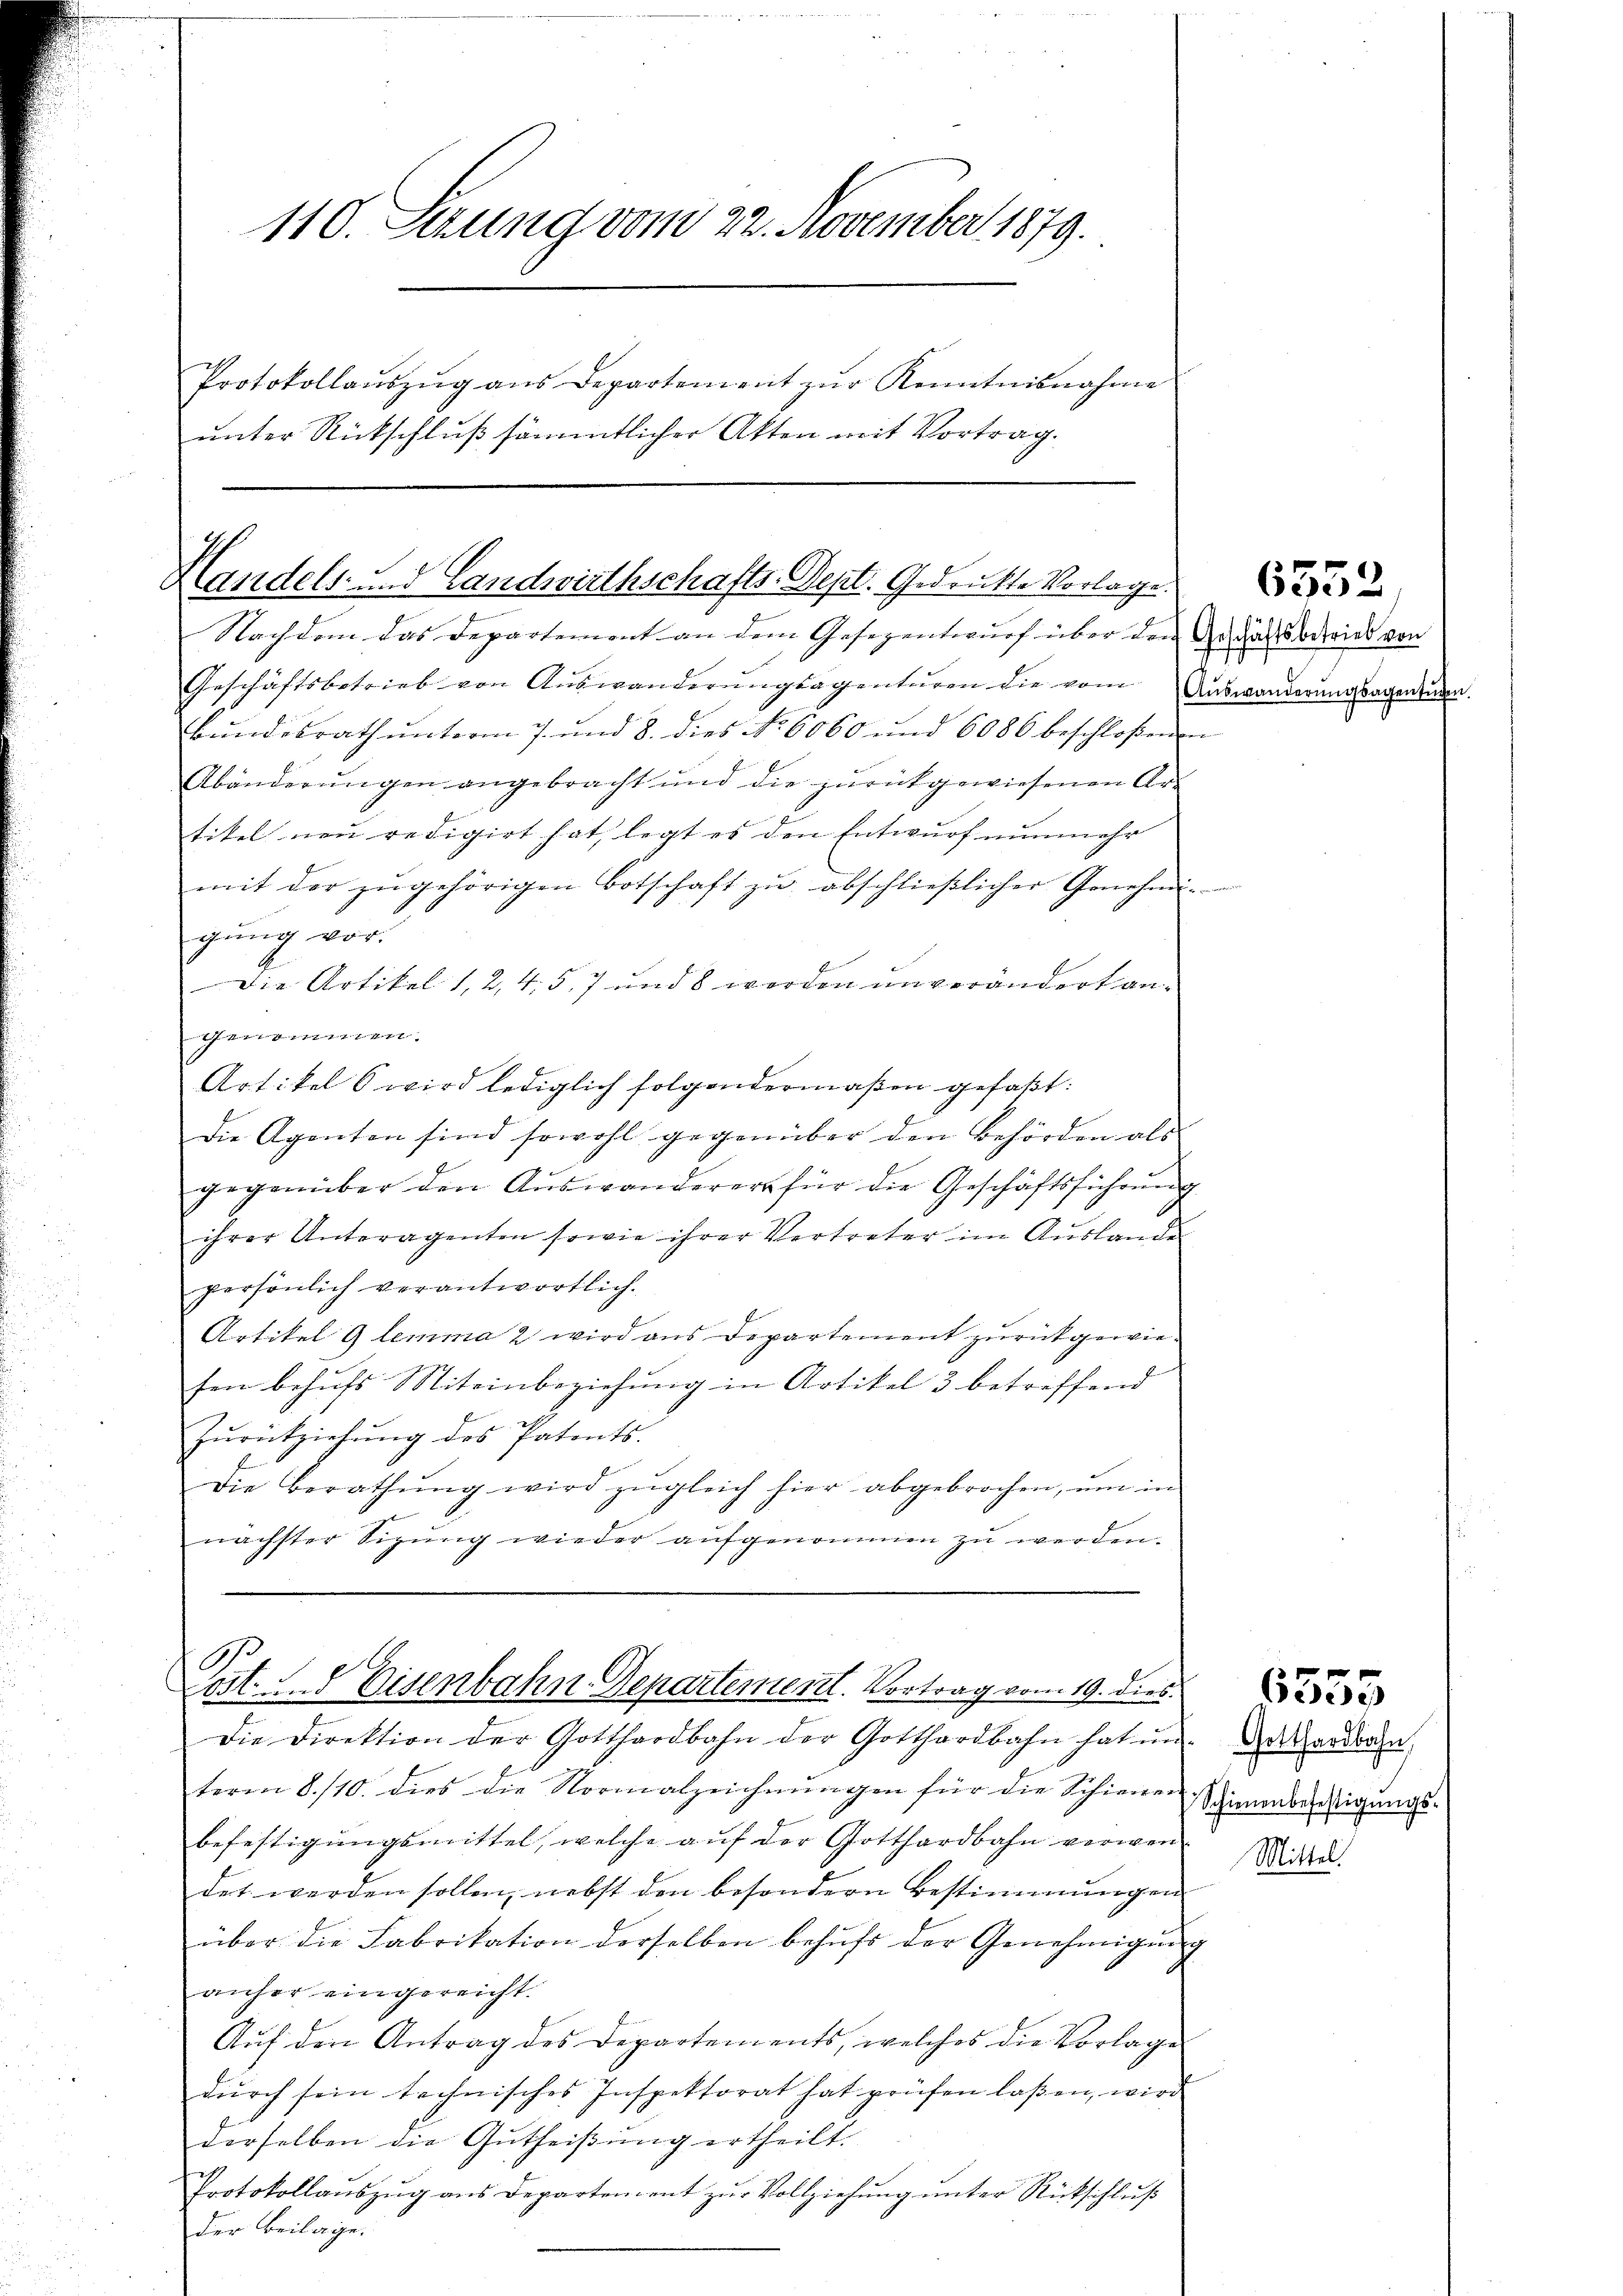
110. Setzung vom 22. November 1879.
Protokollaŭszŭg ans Departement zŭr Kenntnisnahme
unter Rückschluß sämmtlicher Akten mit Vortrag.

Handels- und Landwirthschafts-Dept. Gedruckte Vorlage.
Nachdem das Departement an dem Gesezentwurf über den Geschäftsberies von

Tat. 2. Eisenbahn-Departement. Vortrag vom 19. dies

Geschäftsbetrieb von Auswanderŭngsagentŭren die vom
Bundesrath unterm 7. und 8. dies No 6060 und 6086 beschloßenen
Abänderŭngen angebracht und die zŭrückgewiesenen Ar-
tikel neu redigirt hat, legt es den Entwurf nunmehr
mit der zŭgehörigen Botschaft zŭ abschlieβlicher Genehmi-
gŭng vor.
Die Artikel 1, 2, 45, 7 und 8 werden unverändert angenommen.
Artikel 6 wird lediglich folgendermaßen gefaßt:
Die Agenten sind sowohl gegenüber den Behörden als
gegenüber den Aŭswanderer für die Geschäftsführŭng
ihrer Unteragenten sowie ihrer Vertreter im Auslande
persönlich verantwortlich.
Artikel 9 lemma 2 wird aus Departement zurückgewiesen behŭfs Miteinbeziehŭng in Artikel 3 betreffend
Zŭrückziehŭng des Patents.
Die Berathŭng wird zŭgleich hier abgebrochen, um in
nächster Sigung wieder aufgenommen zu werden.

Die Direktion der Gotthardbahn der Gotthardbahn hat un-
term 8./10. dies die Normalzeichnŭngen für die Schienen
befestigungsmittel, welche auf der Gotthardbahn verwendet werden sollen, nebst den besondern Bestimmungen
über die Fabrikation derselben behufs der Genehmigung
anher eingereicht.
Auf den Antrag des Departements, welches die Vorlage
dŭrch sein technisches Inspektorat hat prüfen laßen, wird
derselben die Gutheißung ertheilt.
Protokollaŭszŭg ans Departement zŭr Vollziehŭng ŭnter Rückschlŭβ
Der Beilage.

(Auswanderungsagentuchen.

6552

6555

Gotthardbahn,
Schienenbefestigungs-
Mittel!